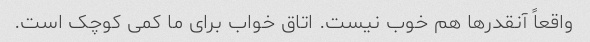
واقعاً آنقدرها هم خوب نیست. اتاق خواب برای ما کمی کوچک است.